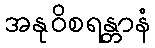
အနုဝိစရန္တာနံ